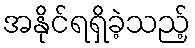
အနိုင်ရရှိခဲ့သည့်